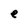
Character: e